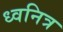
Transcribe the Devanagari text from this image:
ध्वनित्र